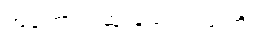
အကောင်းဆုံးနည်းလမ်းကို